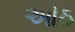
ઓઠ